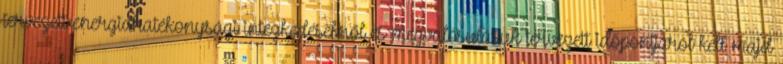
tervezett energiahatékonysági intézkedésekről és megvalósulásuk tervezett időpontjáról kell majd